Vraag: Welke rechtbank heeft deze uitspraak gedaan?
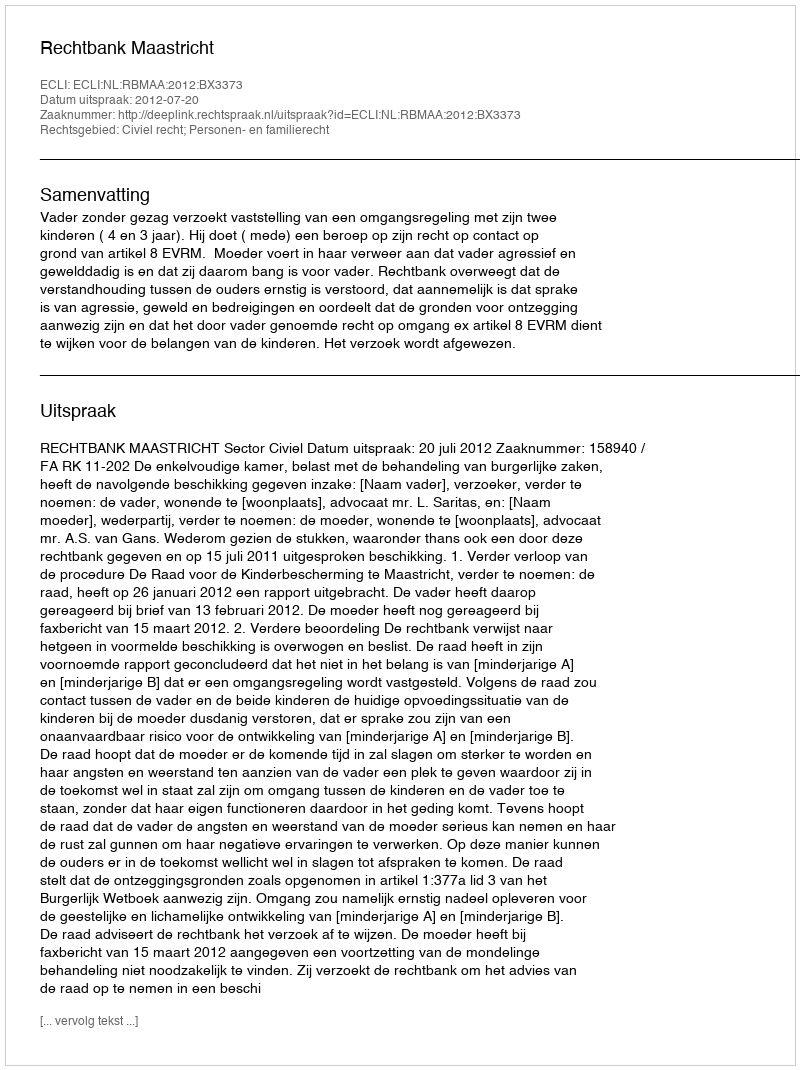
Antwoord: Rechtbank Maastricht